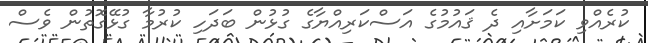
ކުރެއްވި ކަމަށާއި ދެ ޤައުމުގެ އަސްކަރިއްޔާގެ ގުޅުން ބަދަހި ކުރުމާ ގުޅޭގޮތުން ވެސް